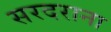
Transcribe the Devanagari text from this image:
सरदराना